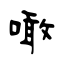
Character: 噉